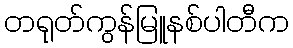
တရုတ်ကွန်မြူနစ်ပါတီက